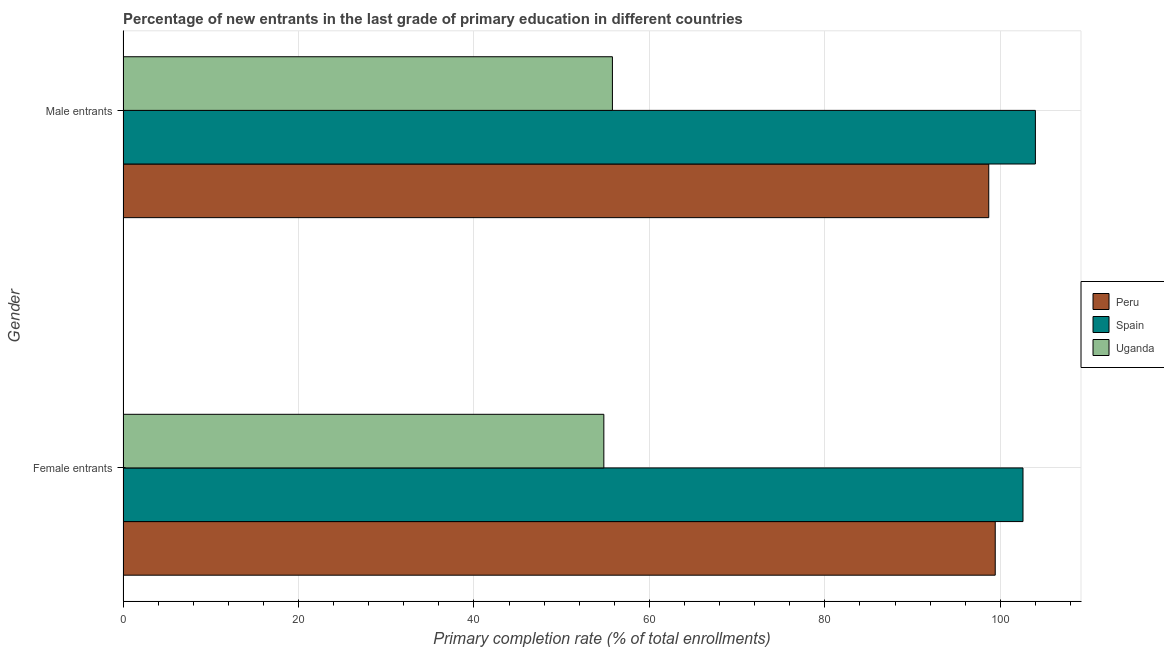
| Gender | Peru | Spain | Uganda |
 | --- | --- | --- | --- |
 | Female entrants | 99.4 | 103 | 54.8 |
 | Male entrants | 98.7 | 104 | 55.8 |